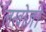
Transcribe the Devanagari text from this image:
लखोजी